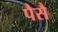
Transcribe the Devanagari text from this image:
पैसै